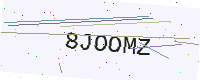
Text: 8JOOMZ